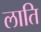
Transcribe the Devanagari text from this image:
लाति